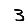
Digit: 3